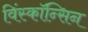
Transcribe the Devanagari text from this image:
विंस्कॉन्सिन